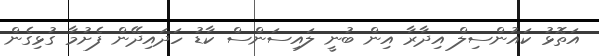
އަތޮޅު ކައުންސިލް އިދާރާ އިން ބުނީ ލައިސަންސް ކާޑު ހަދައިދޭން ފެށުމާ ގުޅިގެން